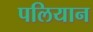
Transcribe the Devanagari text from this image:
पलियान